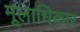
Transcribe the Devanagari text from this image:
मूलाधिकार